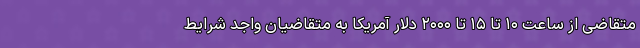
متقاضی از ساعت ۱۰ تا ۱۵ تا ۲۰۰۰ دلار آمریکا به متقاضیان واجد شرایط